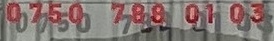
0750 788 01 03